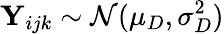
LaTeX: \mathbf Y_{ijk}\sim\mathcal N(\mu_{D},\sigma_{D}^{2})